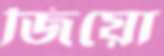
জিয়ো